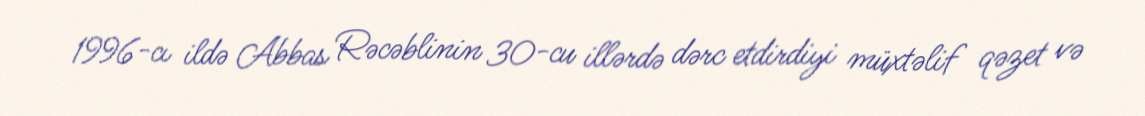
1996-cı ildə Abbas Rəcəblinin 30-cu illərdə dərc etdirdiyi müxtəlif qəzet və